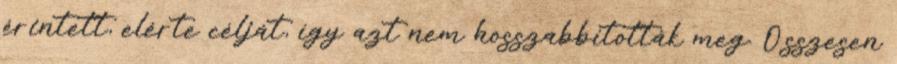
érintett, elérte célját, így azt nem hosszabbították meg. Összesen